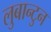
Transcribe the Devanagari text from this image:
लुबान्टुन